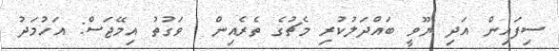
ސިފައިން އަދި ޔޫވީ ބައްދަލުކުރި މެޗުގެ ތެރެއިން  ވަގުތު އިމޭޖަސް: އަހުމަދު